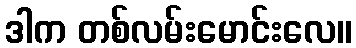
ဒါက တစ်လမ်းမောင်းလေ။